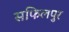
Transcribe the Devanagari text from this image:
सफिलपुर